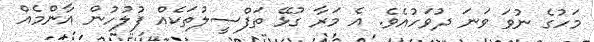
މަހުގެ ނުވަ ވަނަ ދުވަހުއެވެ. އެ މަރާ ގުޅޭ ތަފްސީލުތަކެއް ފުލުހުން އާންމެއް